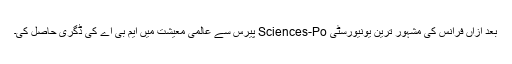
بعد ازاں فرانس کی مشہور ترین یونیورسٹی Sciences-Po پیرس سے عالمی معیشت میں ایم بی اے کی ڈگری حاصل کی۔